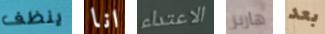
ينظف انا الاعتداء هاربر بعد